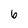
Character: 6